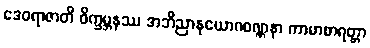
ဒေဝရာဇာတိ ဝိက္ခမ္ဘနဿ အဘိညာနုယောဂဝဏ္ဏနာ ကာမာစာရတ္တာ